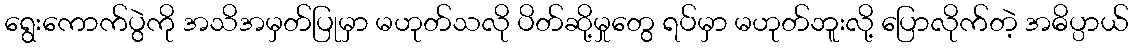
ရွေးကောက်ပွဲကို အသိအမှတ်ပြုမှာ မဟုတ်သလို ပိတ်ဆို့မှုတွေ ရပ်မှာ မဟုတ်ဘူးလို့ ပြောလိုက်တဲ့ အဓိပ္ပာယ်